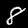
Label: 8